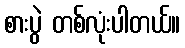
စားပွဲ တစ်လုံးပါတယ်။